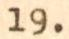
19.